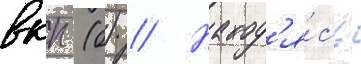
вкп (б) // Наход'я́сь